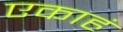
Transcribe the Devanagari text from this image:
एकाहं